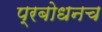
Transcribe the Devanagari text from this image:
प्रबोधनच